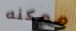
ممكنه